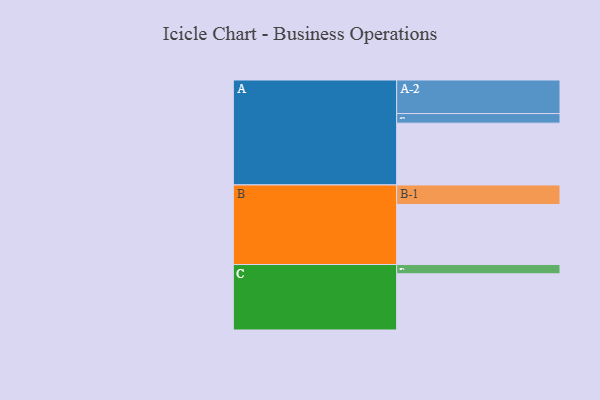
{"axis": {"x": "Segment", "y": "Value"}, "legend": ["", "A", "B", "C"], "data": [{"x": "A", "y": 521, "type": ""}, {"x": "B", "y": 506, "type": ""}, {"x": "C", "y": 474, "type": ""}, {"x": "A-1", "y": 81, "type": "A"}, {"x": "A-2", "y": 283, "type": "A"}, {"x": "B-1", "y": 165, "type": "B"}, {"x": "C-1", "y": 78, "type": "C"}]}